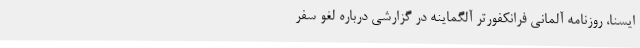
ایسنا، روزنامه آلمانی فرانکفورتر آلگماینه در گزارشی درباره لغو سفر